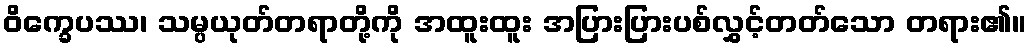
ဝိက္ခေပဿ၊ သမ္ပယုတ်တရာတို့ကို အထူးထူး အပြားပြားပစ်လွှင့်တတ်သော တရား၏။